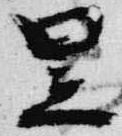
昱